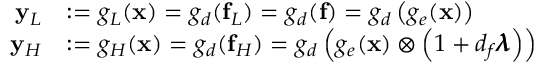
\begin{array} { r l } { \mathbf { y } _ { L } } & { : = g _ { L } ( \mathbf { x } ) = g _ { d } ( \mathbf { f } _ { L } ) = g _ { d } ( \mathbf { f } ) = g _ { d } \left( g _ { e } ( \mathbf { x } ) \right) } \\ { \mathbf { y } _ { H } } & { : = g _ { H } ( \mathbf { x } ) = g _ { d } ( \mathbf { f } _ { H } ) = g _ { d } \left( g _ { e } ( \mathbf { x } ) \otimes \left( 1 + d _ { f } \pmb { \lambda } \right) \right) } \end{array}